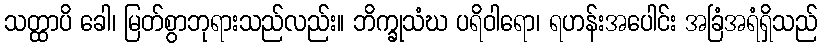
သတ္ထာပိ ခေါ၊ မြတ်စွာဘုရားသည်လည်း။ ဘိက္ခုသံဃ ပရိဝါရော၊ ရဟန်းအပေါင်း အခြံအရံရှိသည်